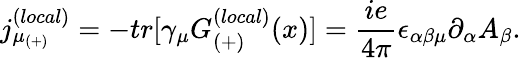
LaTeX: {j_{\mu_{(+)}}^{(local)}}=-tr[\gamma_{\mu}G_{(+)}^{(local)}(x)]=\frac{ie}{4\pi}\epsilon_{\alpha\beta\mu}\partial_{\alpha}A_{\beta}.